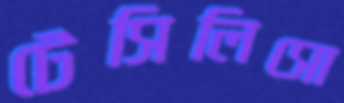
টেসিলিসো